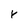
Character: r